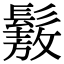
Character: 𩮯